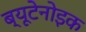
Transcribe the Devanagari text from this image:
ब्यूटेनोइक